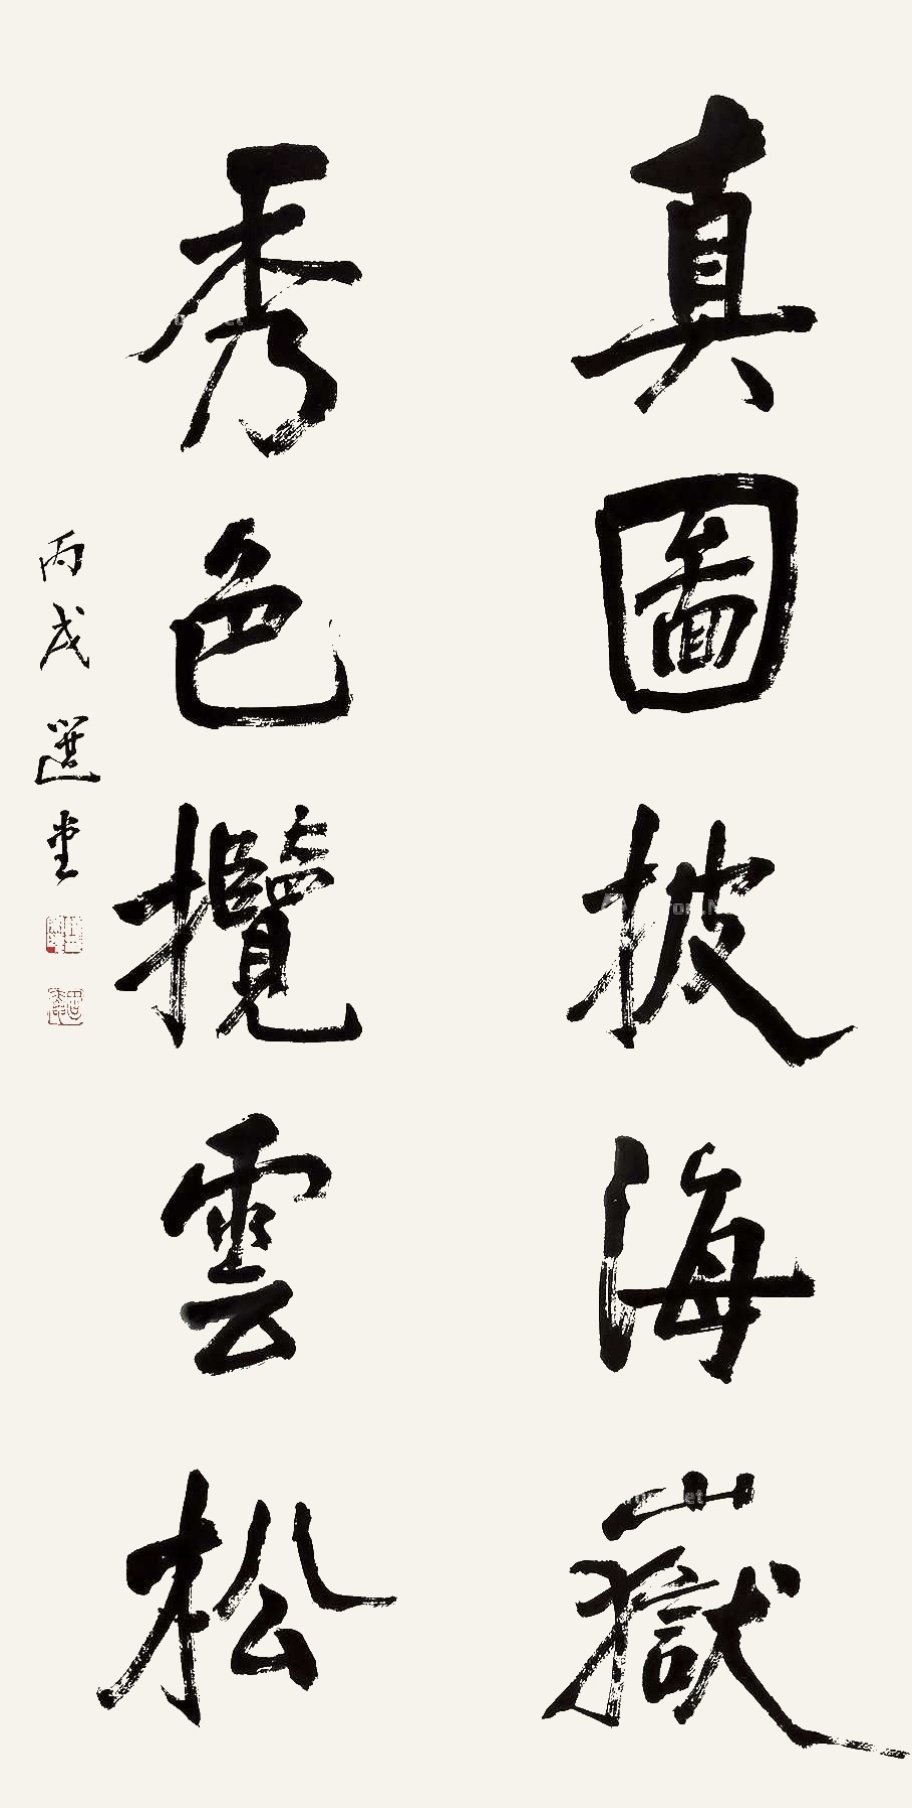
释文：真图披海岳，秀色揽云松。丙戌，选堂。